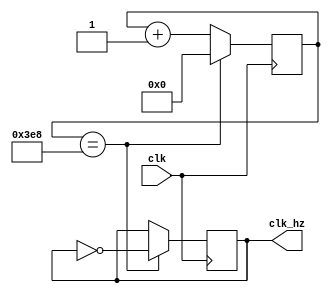
module cnt(clk,clk_hz);
	input clk;
	output reg clk_hz;
	
	reg [15:0] cnt;
	parameter TIME=1000;
	 
	
always@(posedge clk)
begin
	 if (cnt==TIME)
	 begin
		cnt<=0;
		clk_hz=!clk_hz;
	 end
	else cnt<=cnt+1;
end 


endmodule